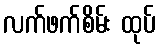
လက်ဖက်စိမ်း ထုပ်